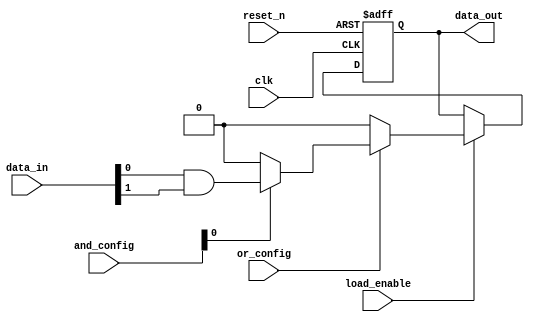
module RPAL #(
    parameter NUM_INPUTS = 4,        // Number of input signals
    parameter NUM_AND_TERMS = 4,     // Number of AND terms
    parameter NUM_OR_TERMS = 1        // Number of OR terms (final output)
)(
    input wire clk,                   // Clock signal
    input wire reset_n,               // Active low reset signal
    input wire [NUM_INPUTS-1:0] data_in, // Data inputs
    input wire [NUM_AND_TERMS-1:0] and_config, // AND array configuration
    input wire [NUM_OR_TERMS-1:0] or_config,   // OR array configuration
    input wire load_enable,           // Load enable signal for registers
    output reg [NUM_OR_TERMS-1:0] data_out // Data output
);

// Internal signals for AND and OR arrays
wire [NUM_AND_TERMS-1:0] and_outputs;
wire [NUM_OR_TERMS-1:0] or_outputs;

// AND array implementation
genvar i;
generate
    for (i = 0; i < NUM_AND_TERMS; i = i + 1) begin : and_array
        assign and_outputs[i] = and_config[i] ? (data_in[0] & data_in[1]) : 1'b0; // Example AND logic
    end
endgenerate

// OR array implementation
generate
    for (i = 0; i < NUM_OR_TERMS; i = i + 1) begin : or_array
        assign or_outputs[i] = (or_config[i] ? and_outputs : 0); // Example OR logic
    end
endgenerate

// Register to store the output
always @(posedge clk or negedge reset_n) begin
    if (!reset_n) begin
        data_out <= 0; // Asynchronous reset
    end else if (load_enable) begin
        data_out <= or_outputs; // Load output from OR array
    end
end

endmodule